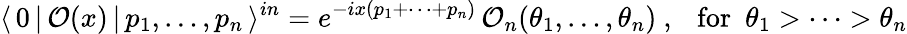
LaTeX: \langle\, 0\, |\, \mathcal{O}(x)\, |\, p_{1},\dots,p_{n}\, \rangle^{in}=e^{-ix(p_{1}+\dots+p_{n})}\, \mathcal{O}_{n}(\theta_{1},\dots,\theta_{n})~,~~~\mathrm{for}~~\theta_{1}>\dots>\theta_{n}